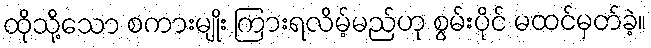
ထိုသို့သော စကားမျိုး ကြားရလိမ့်မည်ဟု စွမ်းပိုင် မထင်မှတ်ခဲ့။